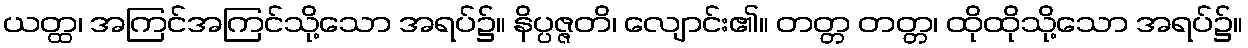
ယတ္ထ၊ အကြင်အကြင်သို့သော အရပ်၌။ နိပ္ပဇ္ဇတိ၊ လျောင်း၏။ တတ္တ တတ္တ၊ ထိုထိုသို့သော အရပ်၌။